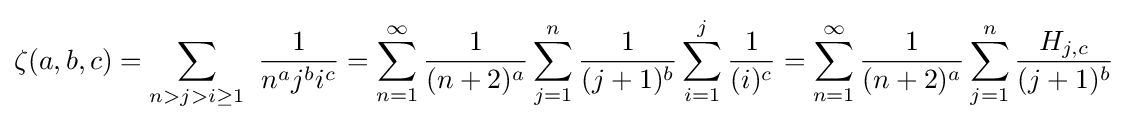
\zeta (a,b,c)=\sum _{n>j>i\geq 1}\ {\frac {1}{n^{a}j^{b}i^{c}}}=\sum _{n=1}^{\infty }{\frac {1}{(n+2)^{a}}}\sum _{j=1}^{n}{\frac {1}{(j+1)^{b}}}\sum _{i=1}^{j}{\frac {1}{(i)^{c}}}=\sum _{n=1}^{\infty }{\frac {1}{(n+2)^{a}}}\sum _{j=1}^{n}{\frac {H_{j,c}}{(j+1)^{b}}}